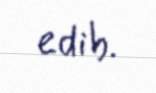
edib.